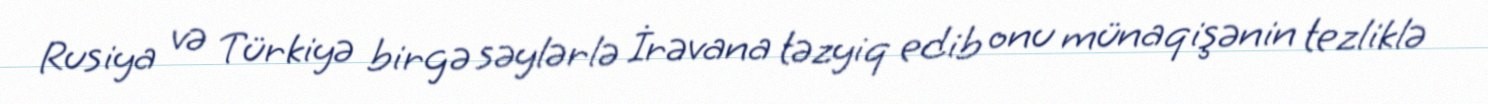
Rusiya və Türkiyə birgə səylərlə İrəvana təzyiq edib onu münaqişənin tezliklə